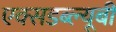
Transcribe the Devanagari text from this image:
एक्सडब्ल्यूबी